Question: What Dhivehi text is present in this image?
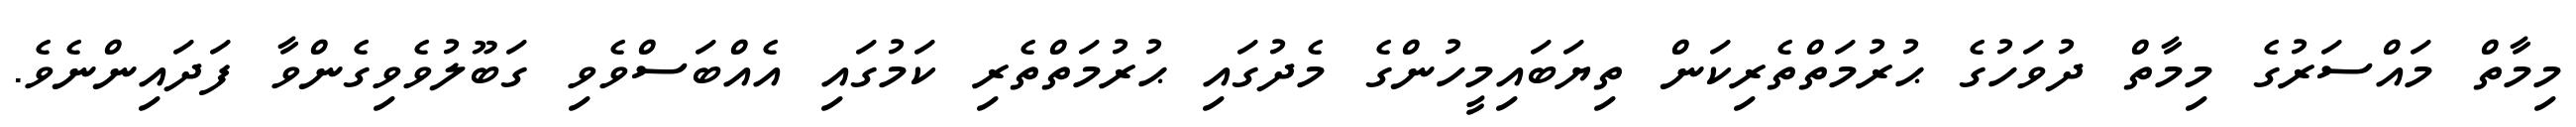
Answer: މިމާތް މައްސަރުގެ މިމާތް ދުވަހުގެ ޙުރުމަތްތެރިކަން ތިޔަބައިމީހުންގެ މެދުގައި ޙުރުމަތްތެރި ކަމުގައި އެއްބަސްވެވި ގަބޫލުވެވިގެންވާ ފަދައިންނެވެ.